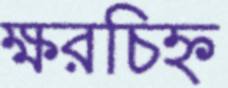
ক্ষরচিহ্ন